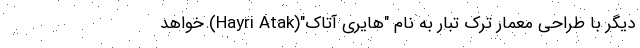
دیگر با طراحی معمار ترک تبار به نام "هایری آتاک"(Hayri Atak) خواهد